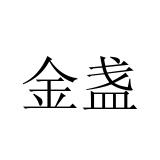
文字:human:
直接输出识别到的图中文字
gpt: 金盏